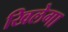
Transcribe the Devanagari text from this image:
खिलेगा